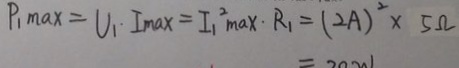
P _ { 1 } M a x = U _ { 1 } \cdot I _ { \max } = I _ { 1 } ^ { 2 } \max \cdot R _ { 1 } = ( 2 A ) ^ { 2 } \times 5 \Omega